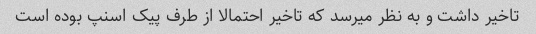
تاخیر داشت و به نظر میرسد که تاخیر احتمالا از طرف پیک اسنپ بوده است